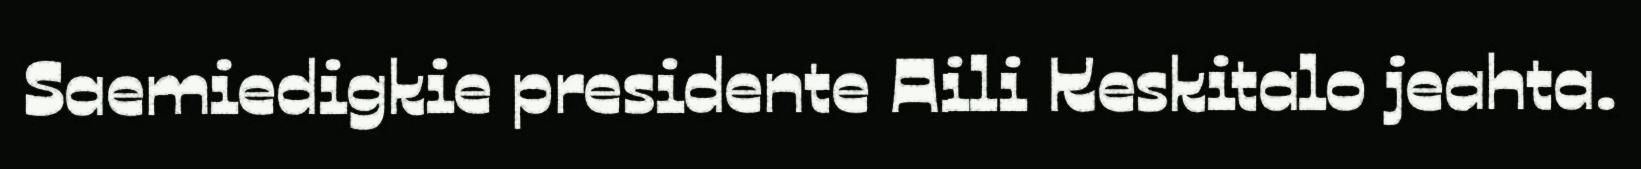
Saemiedigkie presidente Aili Keskitalo jeahta.